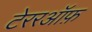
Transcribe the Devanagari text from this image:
टेररऑफ़